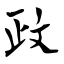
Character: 政